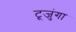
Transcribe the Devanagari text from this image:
टूजुंगा